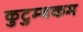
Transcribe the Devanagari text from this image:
कुटुम्‍बकम